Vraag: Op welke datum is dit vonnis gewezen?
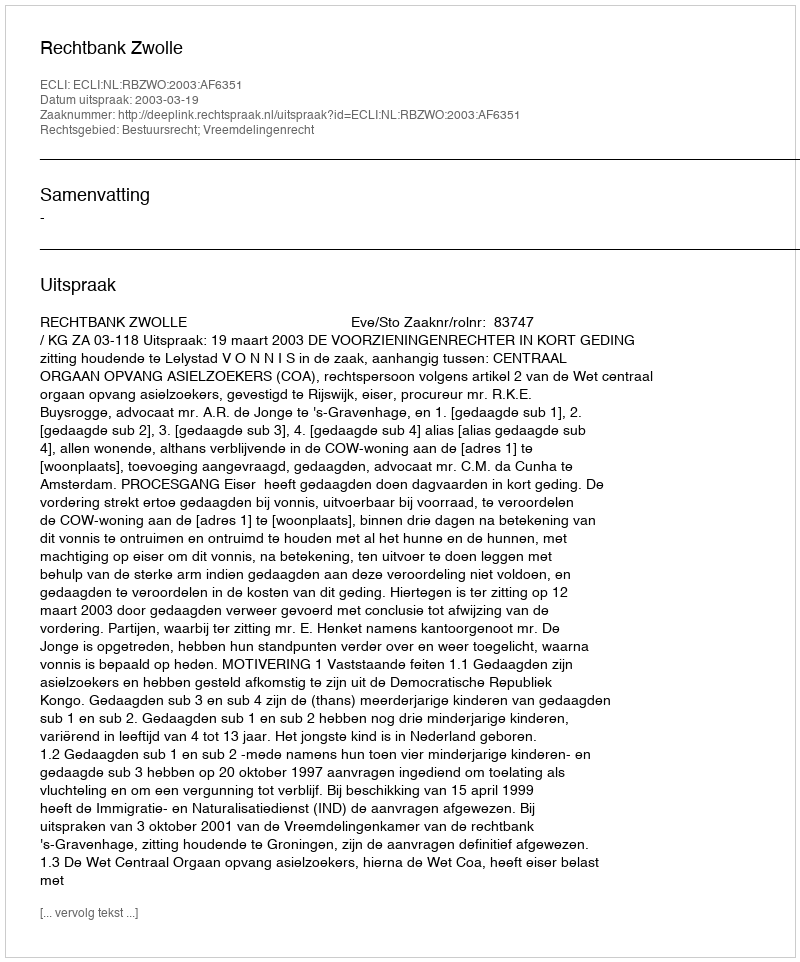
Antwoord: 2003-03-19